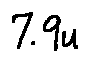
7 . 9 u